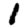
Digit: 1